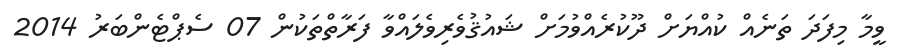
ވީމާ މިފަދަ ތަނެއް ކުއްޔަށް ދޫކުރެއްވުމަށް ޝައުޤުވެރިވެލައްވާ ފަރާތްތަކުން 07 ސެޕްޓެންބަރު 2014